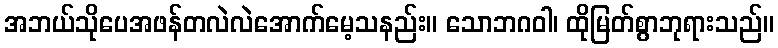
အဘယ်သိုပေအဖန်တလဲလဲအောက်မေ့သနည်း။ သောဘဂဝါ၊ ထိုမြတ်စွာဘုရားသည်။